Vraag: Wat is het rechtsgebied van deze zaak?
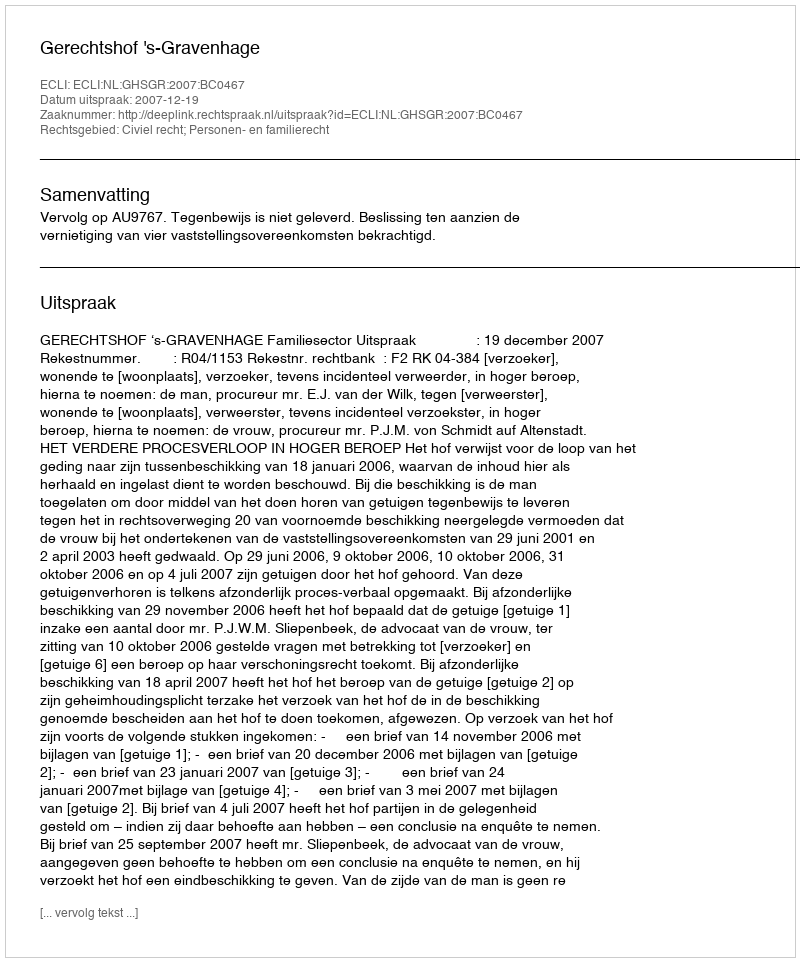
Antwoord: Civiel recht; Personen- en familierecht